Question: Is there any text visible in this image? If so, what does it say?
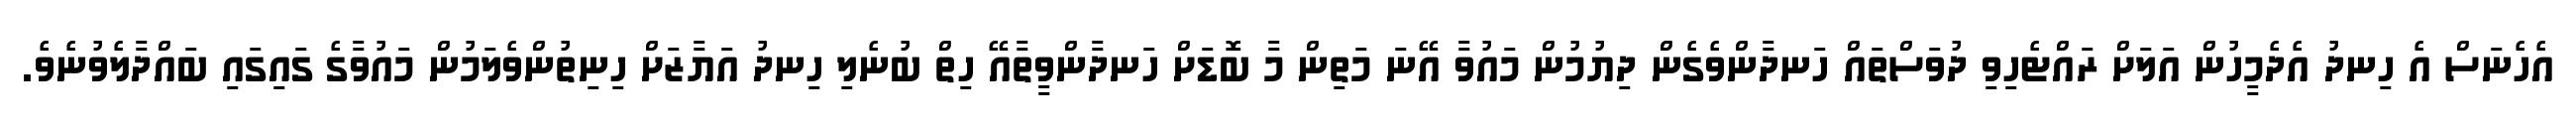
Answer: އެހެނަސް އެ ހިނދު އެދެމީހުން އަލަށް ރައްޓެހިވި ދުވަސްތައް ހަނދާންވެގެން ދިޔުމުން މައުވާ އޭނަ މަތިން މާ ބޮޑަށް ހަނދާންވީތާއޭ ހިތް ބުނެލި ހިނދު އަޔާޒަށް ހިނިތުންވެލަމުން މައުވާގެ ގައިގައި ބައްދާލެވުނެވެ.